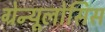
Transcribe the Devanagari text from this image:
ग्रेन्यूलोसिस